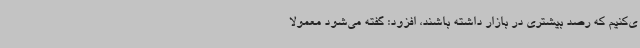
ی‌کنیم که رصد بیشتری در بازار داشته باشند، افزود: گفته می‌شود معمولا